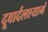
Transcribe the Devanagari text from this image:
दूवार्दलश्यामं